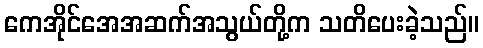
ကေအိုင်အေအဆက်အသွယ်တို့က သတိပေးခဲ့သည်။